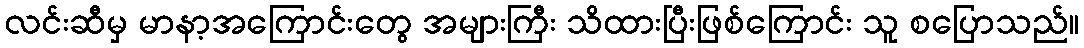
လင်းဆီမှ မာနာ့အကြောင်းတွေ အများကြီး သိထားပြီးဖြစ်ကြောင်း သူ စပြောသည်။